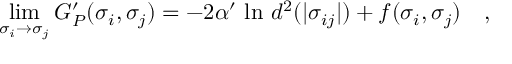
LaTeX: \operatorname * { l i m } _ { \sigma _ { i } \to \sigma _ { j } } G _ { P } ^ { \prime } ( \sigma _ { i } , \sigma _ { j } ) = - 2 \alpha ^ { \prime } ~ \mathrm { l n } ~ d ^ { 2 } ( | \sigma _ { i j } | ) + f ( \sigma _ { i } , \sigma _ { j } ) \quad ,